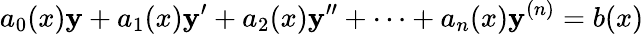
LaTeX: a_{0}(x)\mathbf{y}+a_{1}(x)\mathbf{y}^{\prime}+a_{2}(x)\mathbf{y}^{\prime\prime}+\cdots+a_{n}(x)\mathbf{y}^{(n)}=b(x)